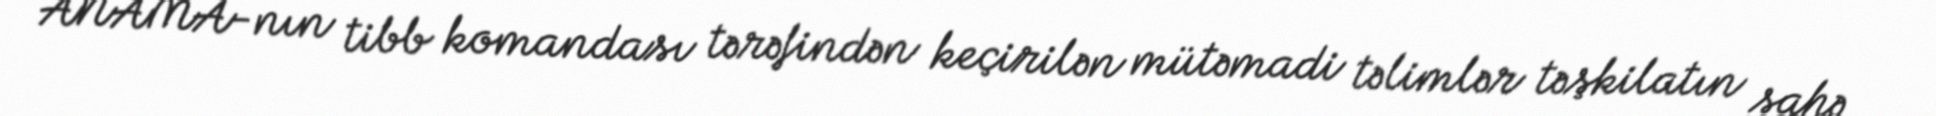
ANAMA-nın tibb komandası tərəfindən keçirilən mütəmadi təlimlər təşkilatın sahə